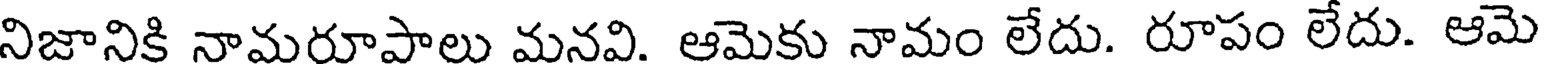
నిజానికి నామరూపాలు మనవి. ఆమెకు నామం లేదు. రూపం లేదు. ఆమె